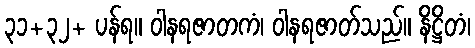
၃၁+၃၂+ ပန်ရ။ ဝါနရဇာတကံ၊ ဝါနရဇာတ်သည်။ နိဋ္ဌိတံ၊